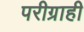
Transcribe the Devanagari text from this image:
परीग्राही